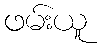
ဖမ်းယူ